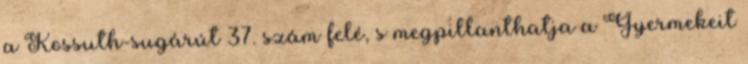
a Kossuth-sugárút 37. szám felé, s megpillanthatja a Gyermekeit